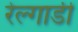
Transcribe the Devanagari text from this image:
रेल्गाडी